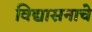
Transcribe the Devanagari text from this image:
विद्यासनाचे